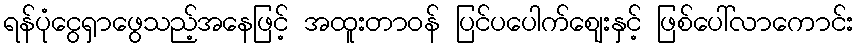
ရန်ပုံငွေရှာဖွေသည့်အနေဖြင့် အထူးတာဝန် ပြင်ပပေါက်ဈေးနှင့် ဖြစ်ပေါ်လာကောင်း